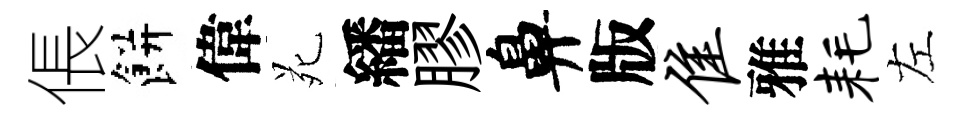
倀餅偉苑繙膠鼻版隹雅耗左